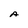
Character: A